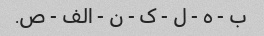
ب - ه - ل - ک - ن - الف - ص.